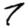
Digit: 7